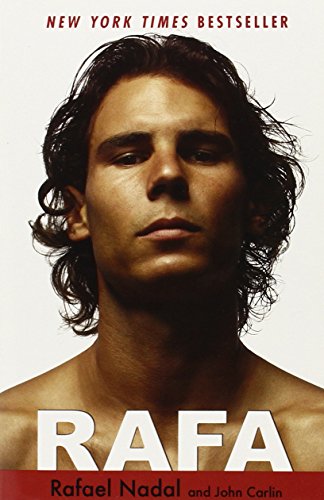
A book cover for Rafa; Rafael Nadal; Sports & Outdoors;